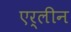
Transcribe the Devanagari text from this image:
एर्लीन